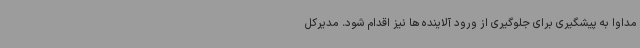
مداوا به پیشگیری برای جلوگیری از ورود آلاینده ها نیز اقدام شود. مدیرکل